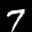
Label: 7